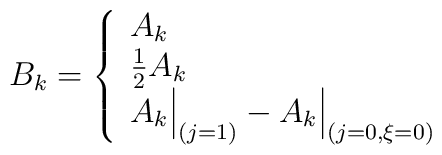
\setcounter{equation}{175}B_k=\left\{\begin{array}{ll}A_k\\{1\over 2} A_k\\A_k\Big\vert_{(j=1)}-A_k\Big\vert_{(j=0,\xi=0)}\end{array}\right.